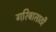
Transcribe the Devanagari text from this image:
गरिबासाठी